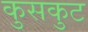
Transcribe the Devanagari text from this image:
कुसकुट